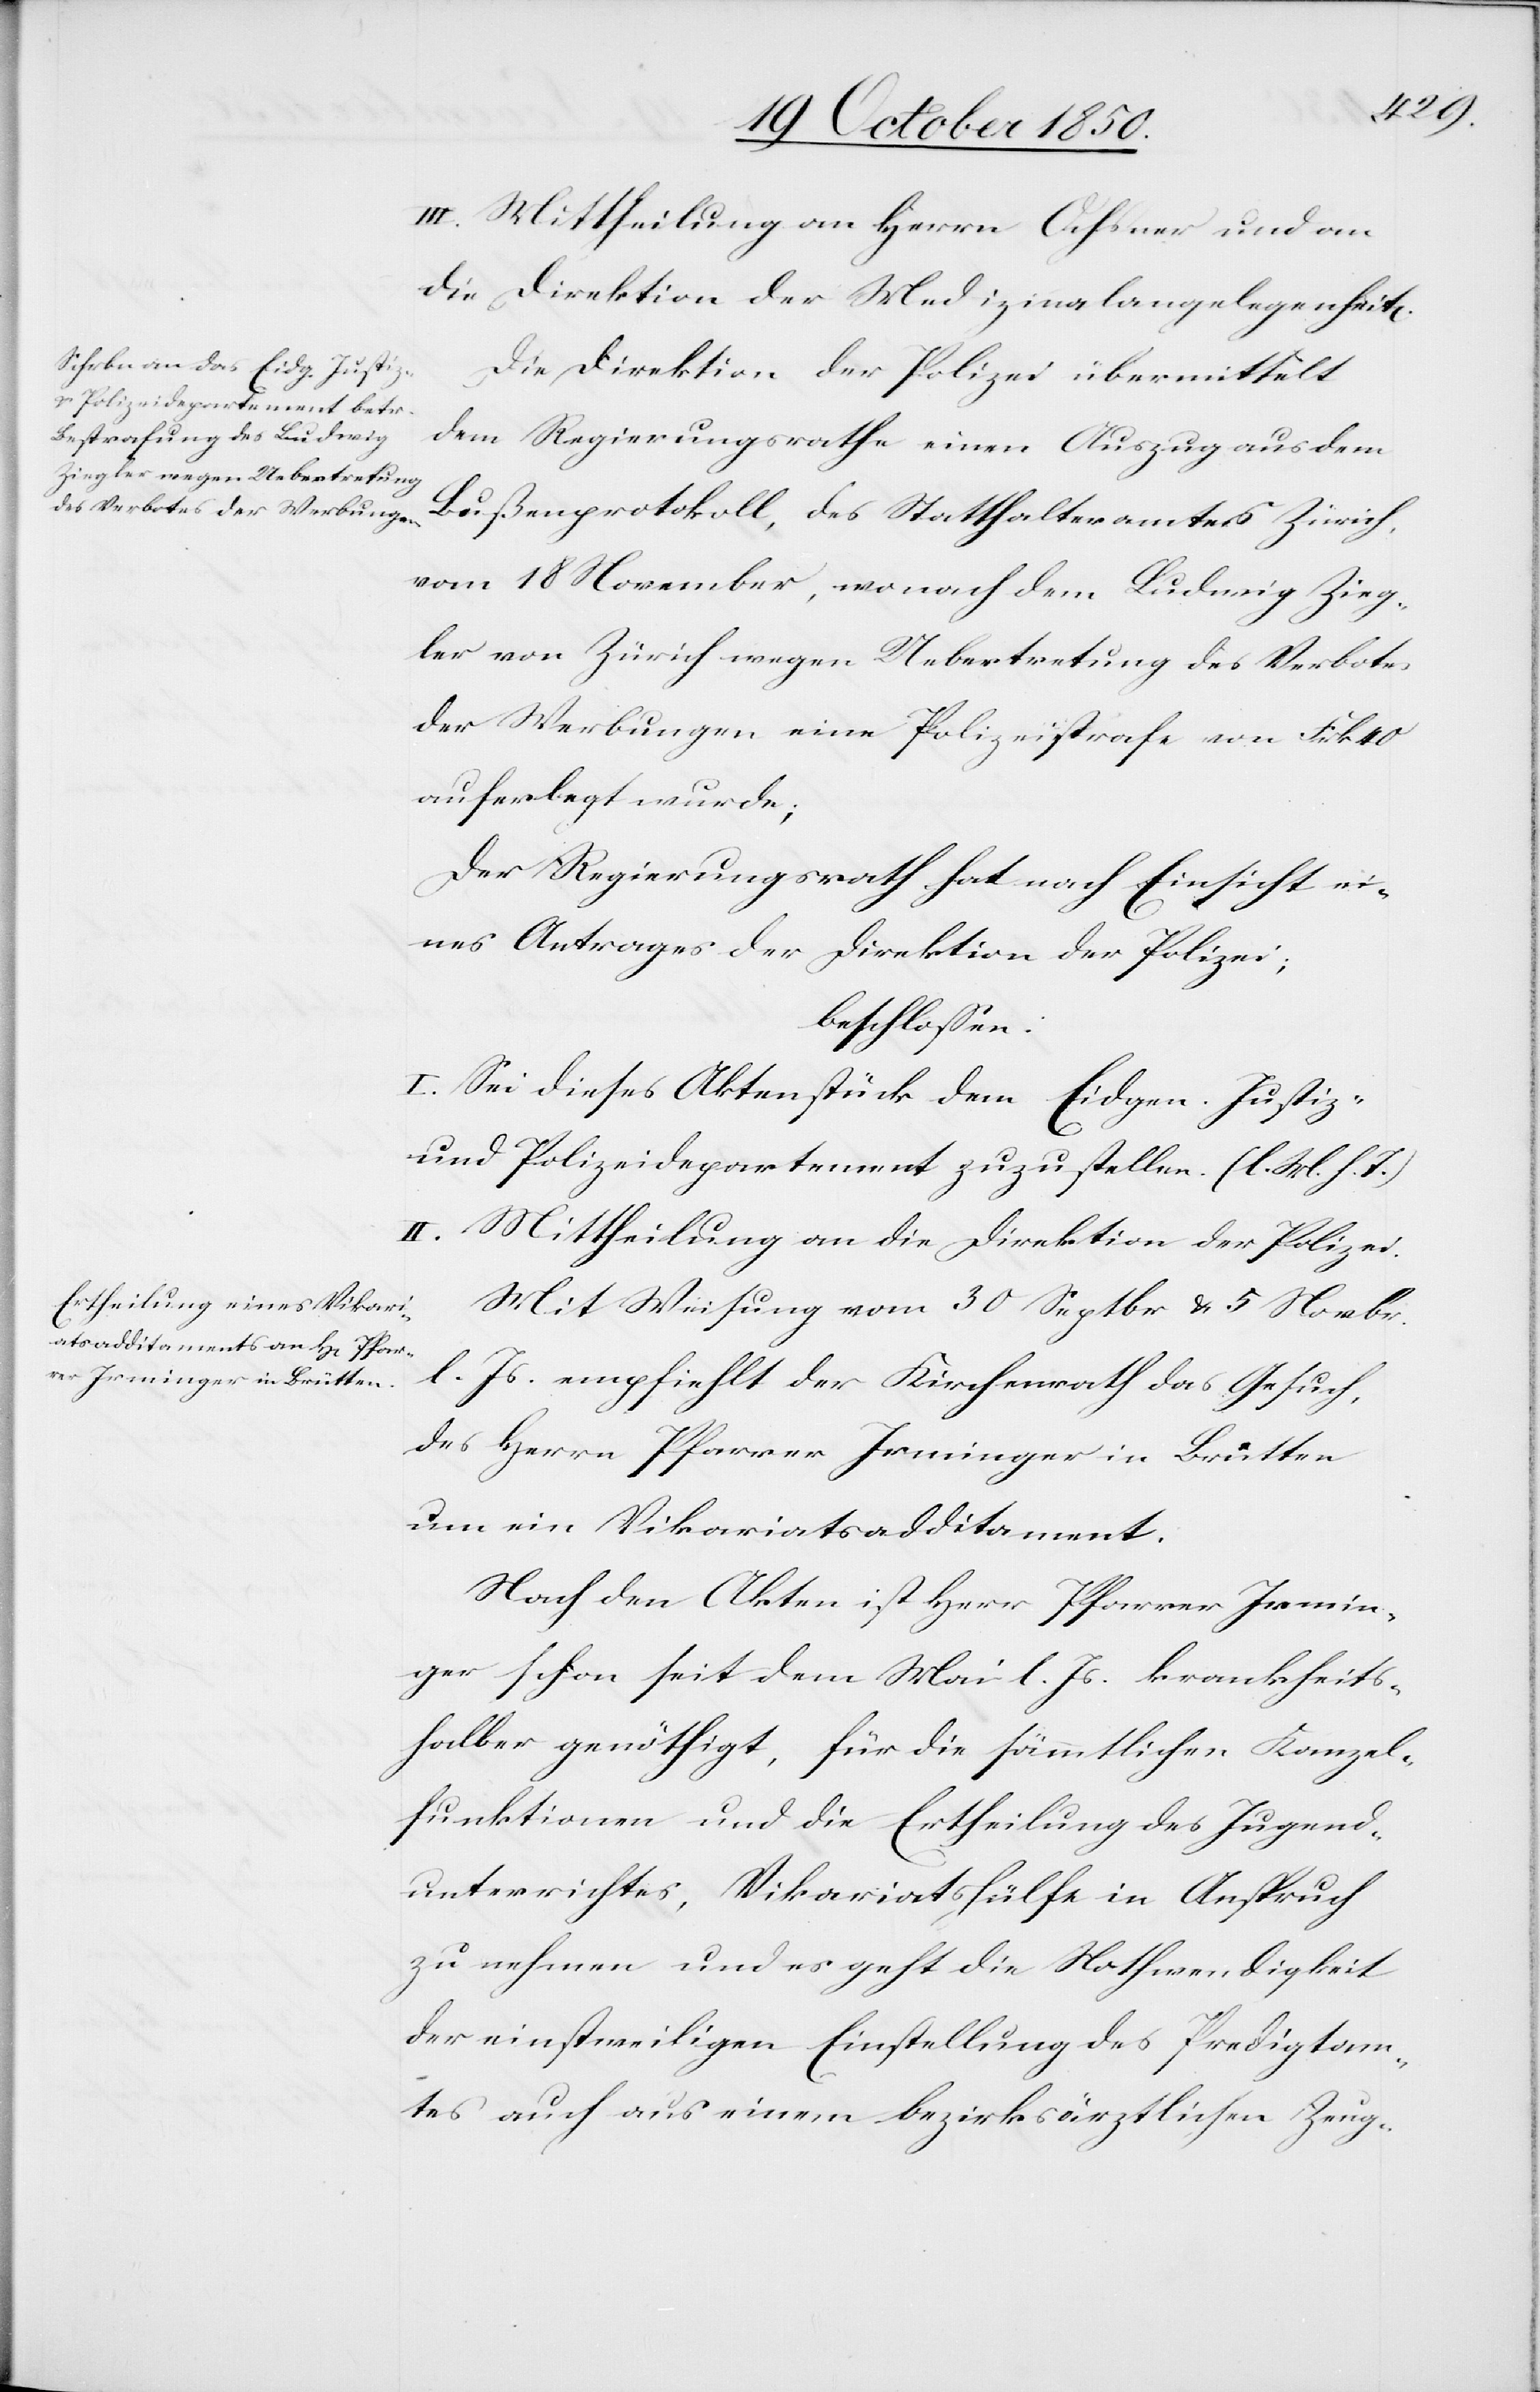
III. Mittheilung an Herrn Ochsner und an
die Direktion der Medizinalangelegenheit[en].
Die Direktion der Polizei übermittelt
dem Regierungsrathe einen Auszug aus dem
Bußenprotokoll, des Statthalteramtes Zürich,
vom 18 November, wonach dem Ludwig Zieg¬
ler von Zürich wegen Uebertretung des Verbotes
der Werbungen eine Polizeistrafe von Frk 40
auferlegt wurde;
Der Regierungsrath hat nach Einsicht ei¬
nes Antrages der Direktion der Polizei;
beschlossen:
I. Sei dieses Aktenstück dem Eidgen. Justiz-
und Polizeidepartement zuzustellen. (l. M. h. T.)
II. Mittheilung an die Direktion der Polizei.
Mit Weisung vom 30 Septbr & 5 Novbr.
l. Js. empfiehlt der Kirchenrath das Gesuch,
des Herrn Pfarrer Irminger in Brütten
um ein Vikariatsadditament.
Nach den Akten ist Herr Pfarrer Irmin¬
ger schon seit dem Mai l. Js. krankheits¬
halber genöthigt, für die sämmtlichen Kanzel¬
funktionen und die Ertheilung des Jugend¬
unterrichtes, Vikariatshülfe in Anspruch
zu nehmen und es geht die Nothwendigkeit
der einstweiligen Einstellung des Predigtam¬
tes auch aus einem bezirksärztlichen Zeug-